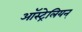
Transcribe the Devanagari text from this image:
ऑस्ट्रेलियन्